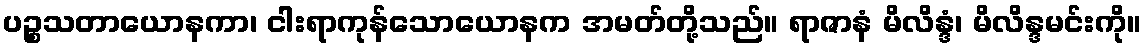
ပဉ္စသတာယောနကာ၊ ငါးရာကုန်သောယောနက အမတ်တို့သည်။ ရာဇာနံ မိလိန္ဒံ၊ မိလိန္ဒမင်းကို။